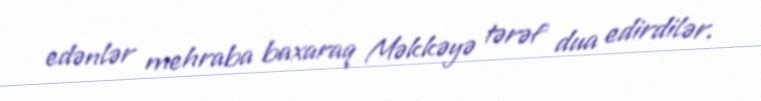
edənlər mehraba baxaraq Məkkəyə tərəf dua edirdilər.